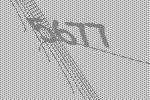
5677